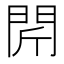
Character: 𨳜